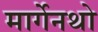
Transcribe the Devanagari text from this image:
मार्गेनथो